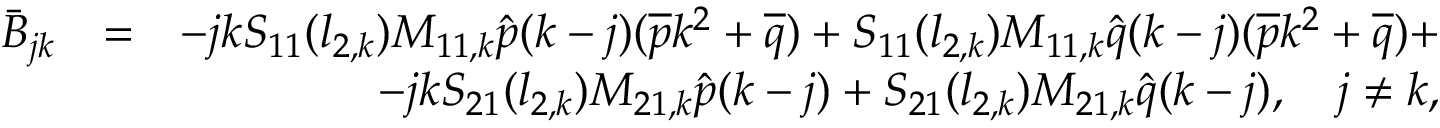
\begin{array} { r l r } { \bar { B } _ { j k } } & { = } & { - j k S _ { 1 1 } ( l _ { 2 , k } ) M _ { 1 1 , k } \hat { p } ( k - j ) ( \overline { { p } } k ^ { 2 } + \overline { { q } } ) + S _ { 1 1 } ( l _ { 2 , k } ) M _ { 1 1 , k } \hat { q } ( k - j ) ( \overline { { p } } k ^ { 2 } + \overline { { q } } ) + } \\ & { } & { - j k S _ { 2 1 } ( l _ { 2 , k } ) M _ { 2 1 , k } \hat { p } ( k - j ) + S _ { 2 1 } ( l _ { 2 , k } ) M _ { 2 1 , k } \hat { q } ( k - j ) , \quad j \neq k , } \end{array}